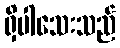
ရှိပါသေးသည်